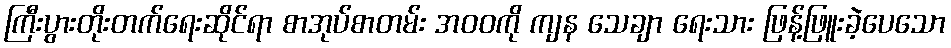
ကြီးပွားတိုးတက်ရေးဆိုင်ရာ စာအုပ်စာတမ်း အဝဝကို ကျန သေချာ ရေးသား ဖြန့်ဖြူးခဲ့ပေသော